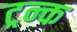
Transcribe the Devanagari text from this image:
ट्रन्क